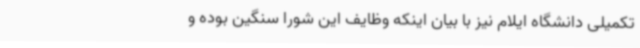
تکمیلی دانشگاه ایلام نیز با بیان اینکه وظایف این شورا سنگین بوده و